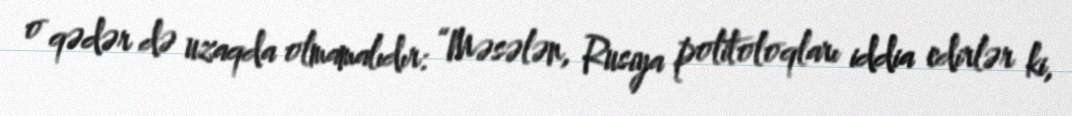
o qədər də uzaqda olmamalıdır: “Məsələn, Rusiya politoloqları iddia edirlər ki,